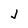
Character: J